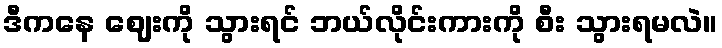
ဒီကနေ ဈေးကို သွားရင် ဘယ်လိုင်းကားကို စီး သွားရမလဲ။